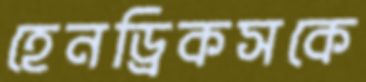
হেনড্রিকসকে